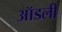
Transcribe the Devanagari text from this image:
ऑडली